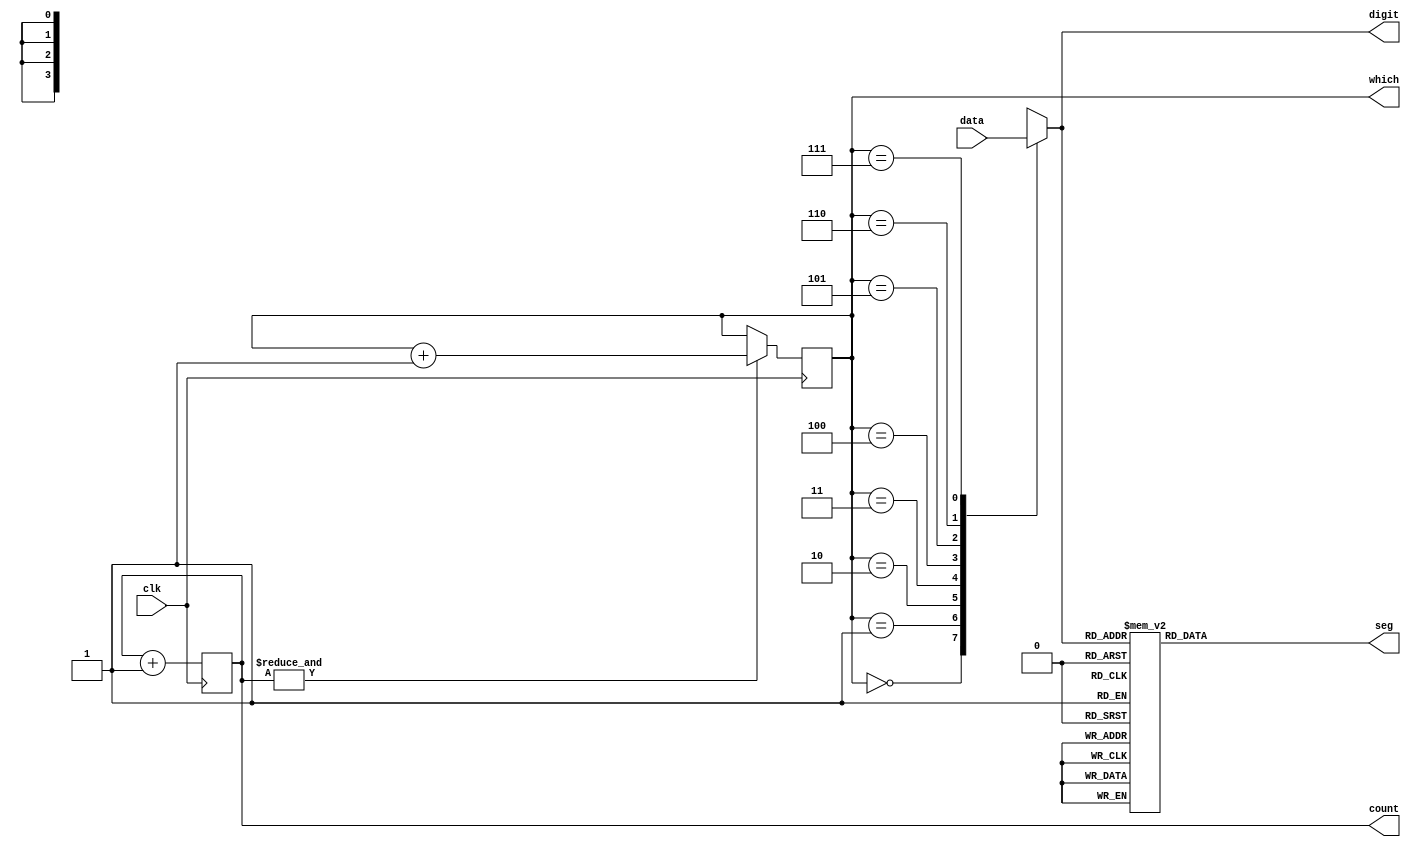
`timescale 1ns / 1ps
// 8 
module Display(clk, data, which, seg,
    count, digit); // 
    input clk; // 
    input [31:0] data; // 32 
    output reg [2:0] which = 0; // 
    output reg [7:0] seg; // 

    output reg [10:0] count = 0; // 
    always @(posedge clk) count <= count + 1'b1;
    always @(negedge clk) if (&count) which <= which + 1'b1;

    output reg [3:0] digit; //   
    always @* case (which)
        0: digit <= data[31:28]; // 
        1: digit <= data[27:24];
        2: digit <= data[23:20];
        3: digit <= data[19:16];
        4: digit <= data[15:12];
        5: digit <= data[11:8];
        6: digit <= data[7:4];
        7: digit <= data[3:0]; // 
    endcase

    always @* case (digit) //   a,b,c,...g,dp
        4'h0: seg <= 8'b0000_0011; //  gdp  0
        4'h1: seg <= 8'b1001_1111; //  bc  1
        4'h2: seg <= 8'b0010_0101;
        4'h3: seg <= 8'b0000_1101;
        4'h4: seg <= 8'b1001_1001;
        4'h5: seg <= 8'b0100_1001;
        4'h6: seg <= 8'b0100_0001;
        4'h7: seg <= 8'b0001_1111;
        4'h8: seg <= 8'b0000_0001;
        4'h9: seg <= 8'b0000_1001;
        4'hA: seg <= 8'b0001_0001;
        4'hB: seg <= 8'b1100_0001;
        4'hC: seg <= 8'b0110_0011;
        4'hD: seg <= 8'b1000_0101;
        4'hE: seg <= 8'b0110_0001;
        4'hF: seg <= 8'b0111_0001;
    endcase

endmodule // Display